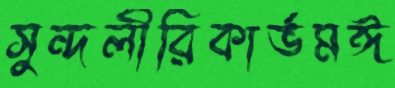
সুন্দলীরিকার্ভমঈ